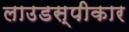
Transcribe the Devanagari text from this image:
लाउडस्पीकार